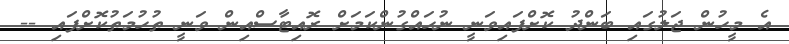
އެ މީހުން ޖަލުގައި ބަންދު ކޮށްފައިވަނީ ނުހައްގުންކަމަށް ރޮއިޓާސްއިން ވަނީ ތުހުމަތުކޮށްފައި --